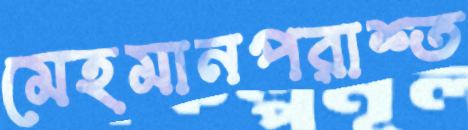
মেহমানপরাশ্ত